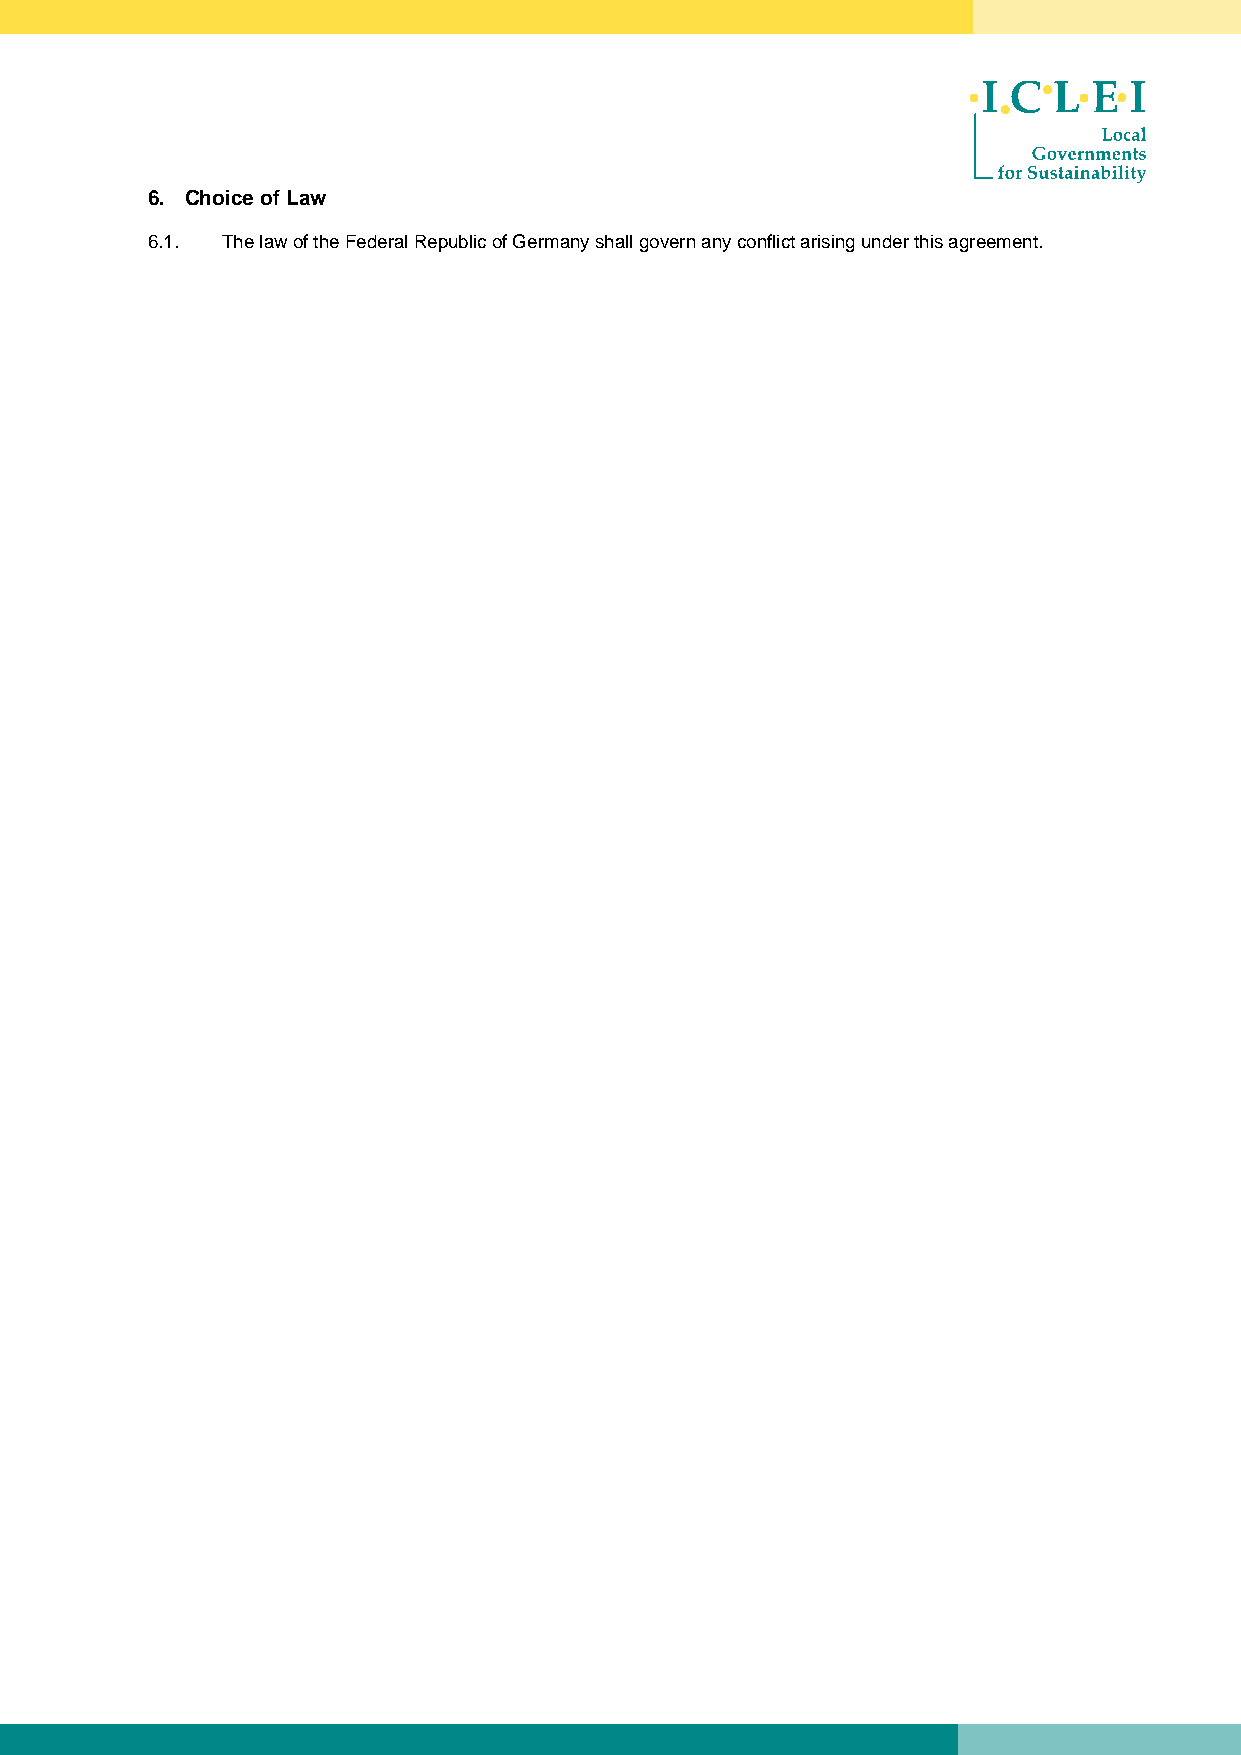
6. Choice of Law
 6.1. The law of the Federal Republic of Germany shall govern any conflict arising under this agreement.